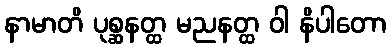
နာမာတိ ပုစ္ဆနတ္ထ မညနတ္ထ ဝါ နိပါတော